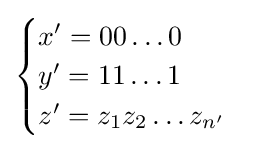
{\begin{cases}x'=00\ldots 0\\y'=11\ldots 1\\z'=z_{1}z_{2}\ldots z_{n'}\end{cases}}